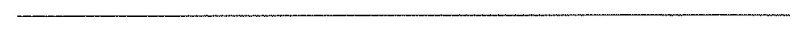
___